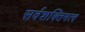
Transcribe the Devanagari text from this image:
सर्वशक्तिमत्व